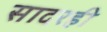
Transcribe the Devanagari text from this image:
सादरही